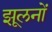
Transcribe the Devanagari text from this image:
झूलनों